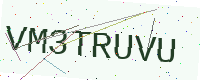
Text: VM3TRUVU